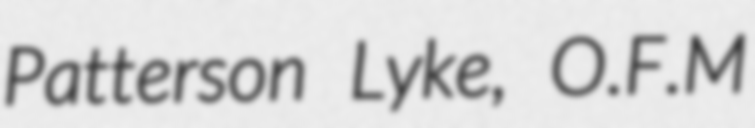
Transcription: Patterson Lyke, O.F.M